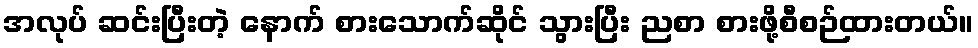
အလုပ် ဆင်းပြီးတဲ့ နောက် စားသောက်ဆိုင် သွားပြီး ညစာ စားဖို့စီစဉ်ထားတယ်။